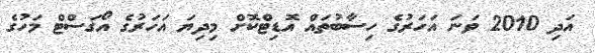
އަދި 2010 ވަނަ އަހަރުގެ ހިސާބުތައް އޮޑިޓްކޮށް މިދިޔަ އަހަރުގެ އޯގަސްޓް މަހުގެ